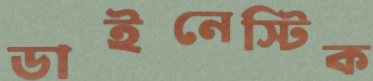
ডাইনেস্টিক